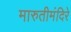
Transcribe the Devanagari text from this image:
मारुतीमंदिरे